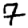
Digit: 7